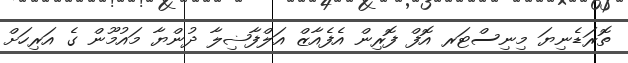
ތޮރަޑެނިޔަ މިނިސްޓަރ އޮފް ފޮރިން އެފެއާޒް އަލްފާޟިލާ ދުންޔާ މައުމޫން ގެ އަރިހަށް